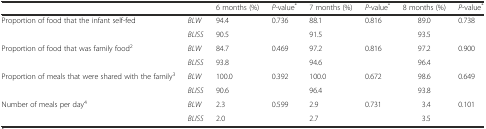
<table><thead><tr><td colspan="2"></td><td><b>6 months (%)</b></td><td><b><i>P</i>-value<sup>*</sup></b></td><td><b>7 months (%)</b></td><td><b><i>P</i>-value<sup>*</sup></b></td><td><b>8 months (%)</b></td><td><b><i>P</i>-value<sup>*</sup></b></td></tr></thead><tbody><tr><td rowspan="2">Proportion of food that the infant self-fed</td><td><i>BLW</i></td><td>94.4</td><td rowspan="2">0.736</td><td>88.1</td><td rowspan="2">0.816</td><td>89.0</td><td rowspan="2">0.738</td></tr><tr><td><i>BLISS</i></td><td>90.5</td><td>91.5</td><td>93.5</td></tr><tr><td rowspan="2">Proportion of food that was family food<sup>2</sup></td><td><i>BLW</i></td><td>84.7</td><td rowspan="2">0.469</td><td>97.2</td><td rowspan="2">0.816</td><td>97.2</td><td rowspan="2">0.900</td></tr><tr><td><i>BLISS</i></td><td>93.8</td><td>94.6</td><td>96.4</td></tr><tr><td rowspan="2">Proportion of meals that were shared with the family<sup>3</sup></td><td><i>BLW</i></td><td>100.0</td><td rowspan="2">0.392</td><td>100.0</td><td rowspan="2">0.672</td><td>98.6</td><td rowspan="2">0.649</td></tr><tr><td><i>BLISS</i></td><td>90.6</td><td>96.4</td><td>93.8</td></tr><tr><td rowspan="2">Number of meals per day<sup>4</sup></td><td><i>BLW</i></td><td>2.3</td><td rowspan="2">0.599</td><td>2.9</td><td rowspan="2">0.731</td><td>3.4</td><td rowspan="2">0.101</td></tr><tr><td><i>BLISS</i></td><td>2.0</td><td>2.7</td><td>3.5</td></tr></tbody></table>